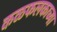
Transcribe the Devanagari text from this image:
कळफलकाच्या